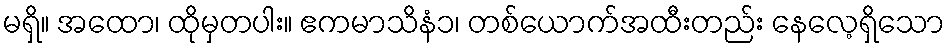
မရှိ။ အထော၊ ထိုမှတပါး။ ဧကမာသိနံ၁၊ တစ်ယောက်အထီးတည်း နေလေ့ရှိသော